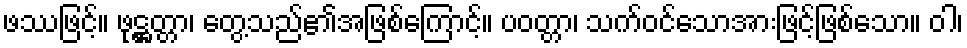
ဖဿဖြင့်။ ဖုဋ္ဌတ္တာ၊ တွေ့သည်၏အဖြစ်ကြောင့်။ ပဝတ္တာ၊ သက်ဝင်သောအားဖြင့်ဖြစ်သော။ ဝါ၊